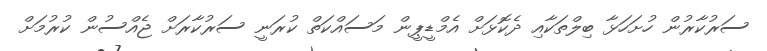
ސަރުކާރުން ހުށަހަޅާ ބިލްތަކާއި ދެކޮޅަށް އެމްޑީޕީން މަސައްކަތް ކުރަނީ ސަރުކާރަށް ޖެއްސުން ކުރުމަށް